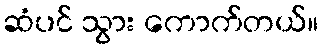
ဆံပင် သွား ကောက်တယ်။